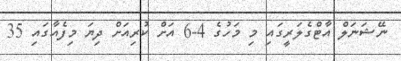
ނޭޝަނަލް އާޓްގެލަރީގައި މި މަހުގެ 4-6 އަށް ކުރިއަށް ދިޔަ މިފެއާގައި 35